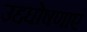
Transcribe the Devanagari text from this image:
उद्दघोषणाएं